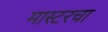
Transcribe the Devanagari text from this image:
मास्टरचा